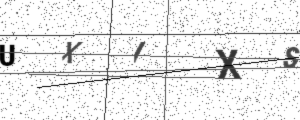
Text: UXIXS